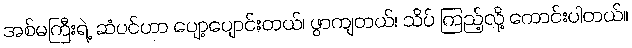
အစ်မကြီးရဲ့ ဆံပင်ဟာ ပျော့ပျောင်းတယ်၊ ဖွာကျတယ်၊ သိပ် ကြည့်လို့ ကောင်းပါတယ်။